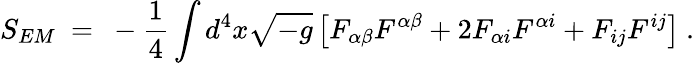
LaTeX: S_{EM}~=~-{\frac{1}{4}}\int d^{4}x{\sqrt{-g}}\left[F_{\alpha\beta}F^{\alpha\beta}+2F_{\alpha i}F^{\alpha i}+F_{ij}F^{ij}\right]~.